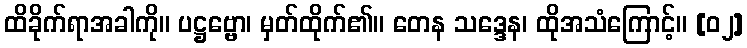
ထိခိုက်ရာအခါကို။ ပဋ္ဌဗ္ဗော၊ မှတ်ထိုက်၏။ တေန သဒ္ဒေန၊ ထိုအသံကြောင့်။ [၀၂]